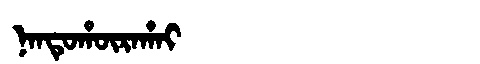
Manchu: ᠨᠠᠨᡨᡠᡥᡡᡵᠠᡥᠠᡳ
Romanization: NANTUHŪRAHAI